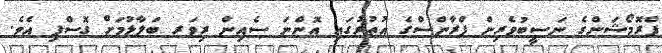
ޕްރޮމޯޝަންގެ ނަސީބުވެރިން ފްރާންސްގެ އުތުރުގައި އޮންނަ ސެއިން ރިވަރ ބަލާލުމަށް ގޮސްފި އެވެ.